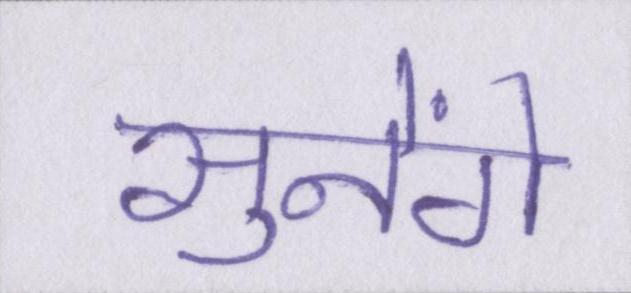
सुनेंगे